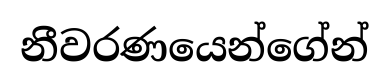
නීවරණයෙන්ගේන්